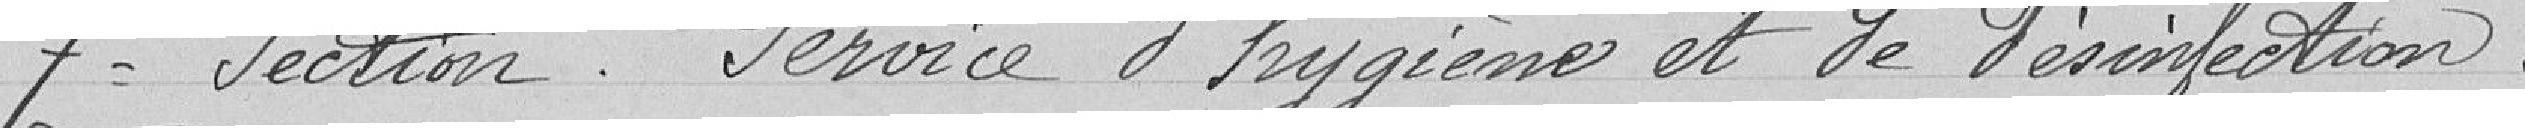
7° Section. Service d'hygiène et de désinfection